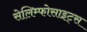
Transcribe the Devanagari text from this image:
सेलिम्फोसाइट्स